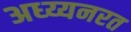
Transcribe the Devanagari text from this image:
अध्य्यनरत